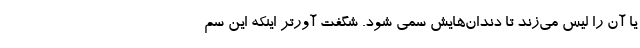
یا آن را لیس می‌زند تا دندان‌هایش سمی شود. شگفت آورتر اینکه این سم